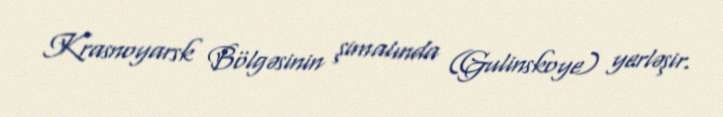
Krasnoyarsk Bölgəsinin şimalında (Gulinskoye) yerləşir.